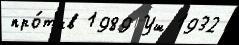
про́т'ив 1989 Уш 1932